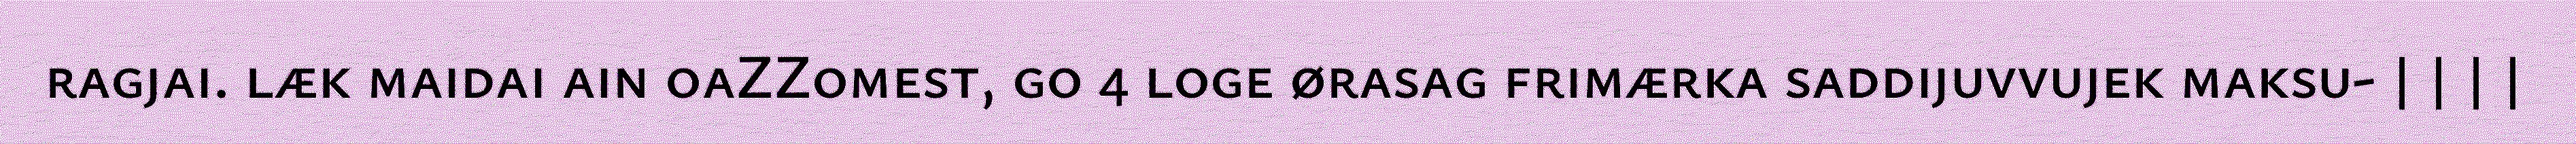
ragjai. læk maidai ain oaZZomest, go 4 loge ørasag frimærka saddijuvvujek maksu- | | | |